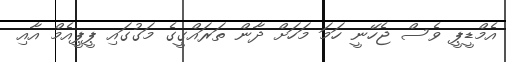
އެމްޑީޕީ ވެސް ޖެހޭނީ ހަމަ މަހަށް ދާން ތަރައްގީގެ މަގުގައި ޕީޕީއެމް އާއި